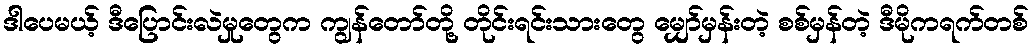
ဒါပေမယ့် ဒီပြောင်းလဲမှုတွေက ကျွန်တော်တို့ တိုင်းရင်းသားတွေ မျှော်မှန်းတဲ့ စစ်မှန်တဲ့ ဒီမိုကရက်တစ်